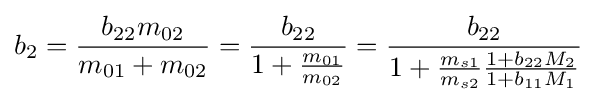
b_{2}={\frac {b_{22}m_{02}}{m_{01}+m_{02}}}={\frac {b_{22}}{1+{\frac {m_{01}}{m_{02}}}}}={\frac {b_{22}}{1+{\frac {m_{s1}}{m_{s2}}}{\frac {1+b_{22}M_{2}}{1+b_{11}M_{1}}}}}